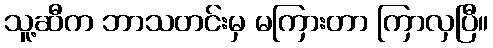
သူ့ဆီက ဘာသတင်းမှ မကြားတာ ကြာလှပြီ။